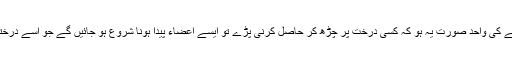
اسی طرح اگر شیر کو خوراک ملنے کی واحد صورت یہ ہو کہ کسی درخت پر چڑھ کر حاصل کرنی پڑے تو ایسے اعضاء پیدا ہونا شروع ہو جائیں گے جو اسے درختوں پر چڑھنے میں مدد دے سکیں۔